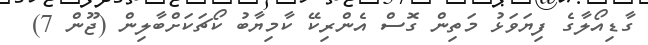
ގާޑިއޯލާގެ ފިޔަވަޅު މަތިން ގޮސް އެންރިކޭ ކާމިޔާބު ކޯޗަކަށްބާލިން (ޖޫން 7)